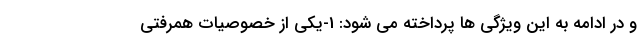
و در ادامه به این ویژگی ها پرداخته می شود: 1-یکی از خصوصیات همرفتی